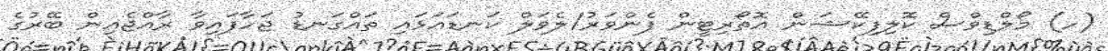
(ހ) މޯލްޑިވްސް ކޮލިފިކޭޝަން އޮތޯރިޓީން ފެންވަރު/ލެވަލް ކަނޑައަޅައި ތައްގަނޑު ޖަހާފައިވާ ރާއްޖެއިން ބޭރުގެ